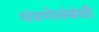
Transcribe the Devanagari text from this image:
यंत्रणेसंबंधी